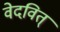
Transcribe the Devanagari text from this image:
वेदवित्